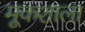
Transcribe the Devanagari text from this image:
मूकशाला